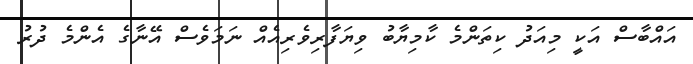
އައްބާސް އަކީ މިއަދު ކިތަންމެ ކާމިޔާބު ވިޔަފާރިވެރިއެއް ނަމަވެސް އޭނާގެ އެންމެ ދުރު